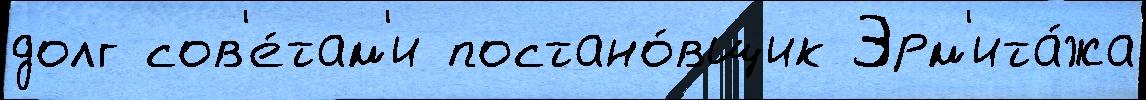
долг сов'е́там'и постано́вщик Эрм'ита́жа